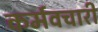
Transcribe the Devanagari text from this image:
कर्मवचारी